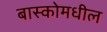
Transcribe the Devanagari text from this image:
बास्कोमधील